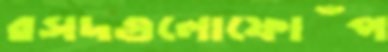
রসদগুলোফোঁপ